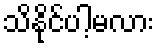
သိနိုင်ပါ့မလား